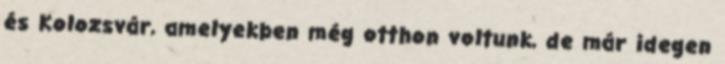
és Kolozsvár, amelyekben még otthon voltunk, de már idegen